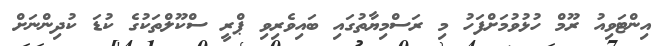
އިންޓަވިއު ރޫމް ހުޅުވުމަށްފަހު މި ރަސްމިޔާތުގައި ބައިވެރިވި ޕްރީ ސްކޫލްތަކުގެ ކުޑަ ކުދިންނަށް